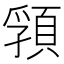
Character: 𩓖